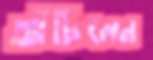
আঁটিলেন